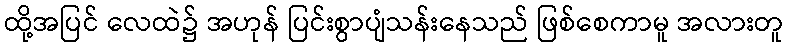
ထို့အပြင် လေထဲ၌ အဟုန် ပြင်းစွာပျံသန်းနေသည် ဖြစ်စေကာမူ အလားတူ